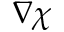
\nabla \chi